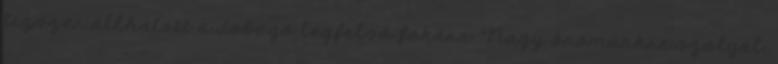
tízszer állhatott a dobogó legfelső fokára. “Nagy örömünkre szolgál,